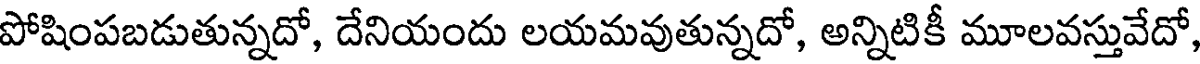
పోషింపబడుతున్నదో, దేనియందు లయమవుతున్నదో, అన్నిటికీ మూలవస్తువేదో,